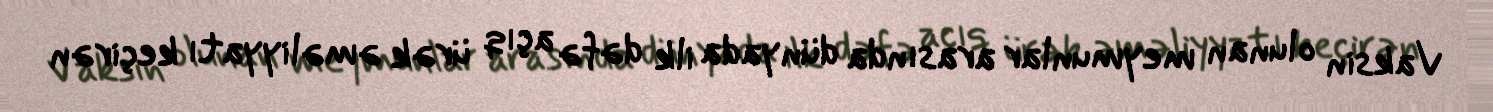
Vaksin olunan meymunlar arasında dünyada ilk dəfə açıq ürək əməliyyatı keçirən